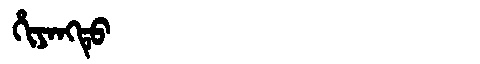
Manchu: ᡥᡳᠶᠠᠩᡨᡠ
Romanization: HIYANGTU